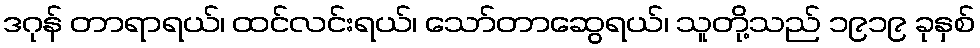
ဒဂုန် တာရာရယ်၊ ထင်လင်းရယ်၊ သော်တာဆွေရယ်၊ သူတို့သည် ၁၉၁၉ ခုနှစ်